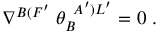
\nabla ^ { B ( F ^ { \prime } } \; \theta _ { B } ^ { \; \; A ^ { \prime } ) L ^ { \prime } } = 0 \; .